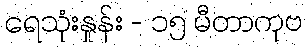
ရေသုံးနှုန်း - ၁၅ မီတာကုဗ